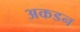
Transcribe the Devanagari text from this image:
अकडन